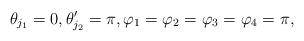
LaTeX: \begin{gather*} \theta_{j_1} = 0 , \theta_{j_2}' = \pi , \varphi_1 = \varphi_2 = \varphi_3 = \varphi_4 = \pi,\end{gather*}